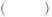
（）